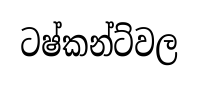
ටෂ්කන්ට්වල